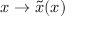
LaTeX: x \rightarrow { \tilde { x } } ( x )